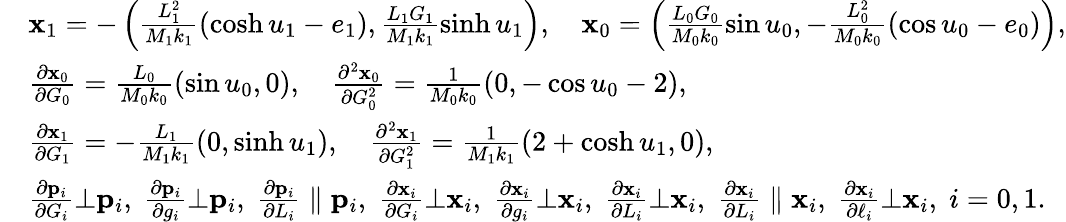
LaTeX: \begin{array}{rl}&{\mathbf{x}_{1}=-\left(\frac{L_{1}^{2}}{M_{1}k_{1}}\left(\cosh u_{1}-e_{1}\right),\frac{L_{1}G_{1}}{M_{1}k_{1}}\sinh u_{1}\right),\quad\mathbf{x}_{0}=\left(\frac{L_{0}G_{0}}{M_{0}k_{0}}\sin u_{0},-\frac{L_{0}^{2}}{M_{0}k_{0}}\left(\cos u_{0}-e_{0}\right)\right),}\\ &{\frac{\partial\mathbf{x}_{0}}{\partial G_{0}}=\frac{L_{0}}{M_{0}k_{0}}(\sin u_{0},0),\quad\frac{\partial^{2}\mathbf{x}_{0}}{\partial G_{0}^{2}}=\frac{1}{M_{0}k_{0}}(0,-\cos u_{0}-2),}\\ &{\frac{\partial\mathbf{x}_{1}}{\partial G_{1}}=-\frac{L_{1}}{M_{1}k_{1}}(0,\sinh u_{1}),\quad\frac{\partial^{2}\mathbf{x}_{1}}{\partial G_{1}^{2}}=\frac{1}{M_{1}k_{1}}(2+\cosh u_{1},0),}\\ &{\frac{\partial\mathbf{p}_{i}}{\partial G_{i}}\bot\mathbf{p}_{i},\; \frac{\partial\mathbf{p}_{i}}{\partial g_{i}}\bot\mathbf{p}_{i},\; \frac{\partial\mathbf{p}_{i}}{\partial L_{i}}\parallel\mathbf{p}_{i},\; \frac{\partial\mathbf{x}_{i}}{\partial G_{i}}\bot\mathbf{x}_{i},\; \frac{\partial\mathbf{x}_{i}}{\partial g_{i}}\bot\mathbf{x}_{i},\; \frac{\partial\mathbf{x}_{i}}{\partial L_{i}}\bot\mathbf{x}_{i},\; \frac{\partial\mathbf{x}_{i}}{\partial L_{i}}\parallel\mathbf{x}_{i},\; \frac{\partial\mathbf{x}_{i}}{\partial\ell_{i}}\bot\mathbf{x}_{i},\; i=0,1.}\end{array}